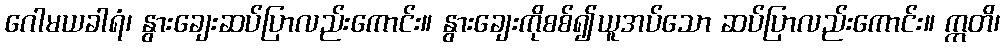
ဂေါမယခါရံ၊ နွားချေးဆပ်ပြာလည်းကောင်း။ နွားချေးကိုစစ်၍ယူအပ်သော ဆပ်ပြာလည်းကောင်း။ ဣတိ၊